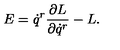
E = \dot { q } ^ { r } \frac { \partial L } { \partial \dot { q } ^ { r } } - L .